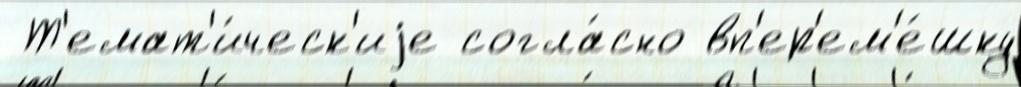
 Т'емат'и́ческ'иjе согла́сно вп'ер'ем'е́шку